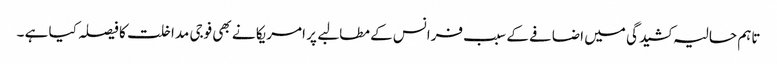
تاہم حالیہ کشیدگی میں اضافے کے سبب فرانس کے مطالبے پر امریکا نے بھی فوجی مداخلت کا فیصلہ کیا ہے ۔